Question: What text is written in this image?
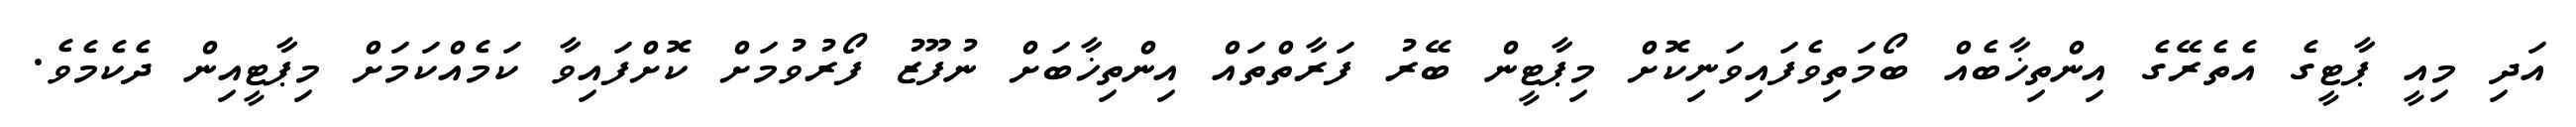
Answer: އަދި މިއީ ޕާޓީގެ އެތެރޭގެ އިންތިޚާބެއް ބޯމަތިވެފައިވަނިކޮށް މިޕާޓީން ބޭރު ފަރާތްތައް އިންތިޚާބަށް ނުފޫޒު ފޯރުވުމަށް ކޮށްފައިވާ ކަމެއްކަމަށް މިޕާޓީއިން ދެކެމެވެ.